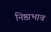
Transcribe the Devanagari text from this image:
निष्ठाभाव